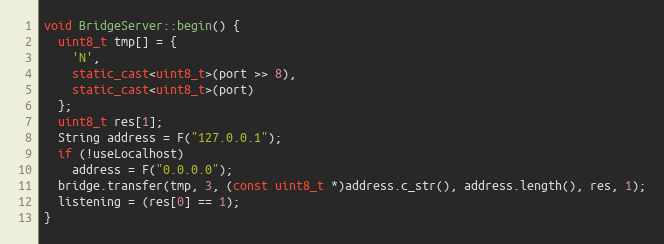
Language: C++
void BridgeServer::begin() {
  uint8_t tmp[] = {
    'N',
    static_cast<uint8_t>(port >> 8),
    static_cast<uint8_t>(port)
  };
  uint8_t res[1];
  String address = F("127.0.0.1");
  if (!useLocalhost)
    address = F("0.0.0.0");
  bridge.transfer(tmp, 3, (const uint8_t *)address.c_str(), address.length(), res, 1);
  listening = (res[0] == 1);
}